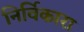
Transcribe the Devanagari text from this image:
निर्विकारा